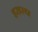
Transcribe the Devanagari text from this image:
इरास्प